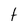
Character: t